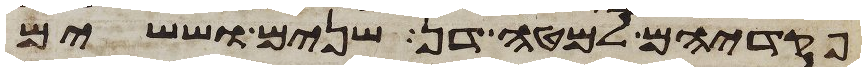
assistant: פקדיהם למטה דן שנים וששים